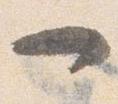
一